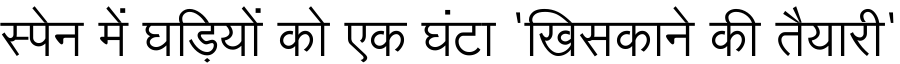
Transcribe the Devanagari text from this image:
स्पेन में घड़ियों को एक घंटा 'खिसकाने की तैयारी'